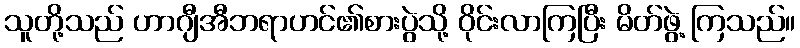
သူတို့သည် ဟာဂျီအီဘရာဟင်၏စားပွဲသို့ ဝိုင်းလာကြပြီး မိတ်ဖွဲ့ ကြသည်။